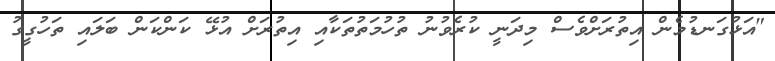
"އަޅުގަނޑުމެން އިތުރަށްވެސް މިދަނީ ކުރެވުނު ތުހުމަތުތަކާއި އިތުރަށް އުޅޭ ކަންކަން ބަލައި ތަހުގީގު